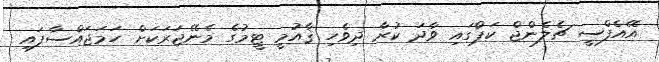
އޭއެފްސީ ޗެލެންޖް ކަޕްގައި ވާދަ ކުރާ ދިވެހި ޤާއުމީ ޓީމުގެ މެނޭޖަރަކަށް ހަމަޖައްސާފައި